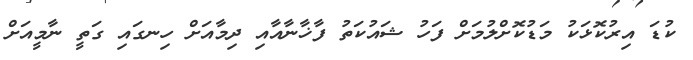
ކުޑަ އިރުކޮޅަކު މަޑުކޮށްލުމަށް ފަހު ޝައުކަތު ފާޚާނާއާއި ދިމާއަށް ހިނގައި ގަތީ ނާމީއަށް